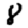
Digit: 8